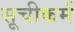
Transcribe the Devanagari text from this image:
सूचीकर्म